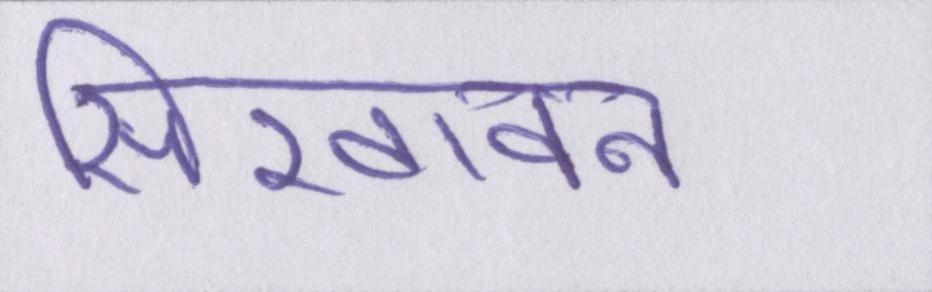
सिखावन